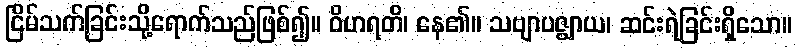
ငြိမ်သက်ခြင်းသို့ရောက်သည်ဖြစ်၍။ ဝိဟရတိ၊ နေ၏။ သဗျာပဇ္ဈာယ၊ ဆင်းရဲခြင်းရှိသော။